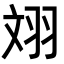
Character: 𦐑